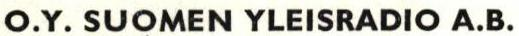
O.Y. SUOMEN YLEISRADIO A.B.